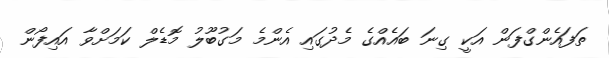
ތަފައެންގްފަން އަކީ ގިނަ ބައެއްގެ މެދުގައި އެންމެ މަގުބޫލު މޮޑެލް ކަމަށްވާ އައިފޯން